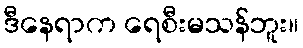
ဒီနေရာက ရေစီးမသန်ဘူး။